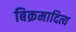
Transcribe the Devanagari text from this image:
बिक्रमादित्य